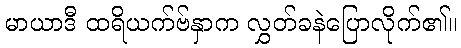
မာယာဒီ ထရိယက်ဗ်နှာက လွှတ်ခနဲပြောလိုက်၏။